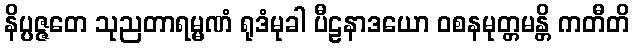
နိပ္ပဇ္ဇတေ သုညတာရမ္မဏံ ရုဒံမုခါ ပီဠနာဒယော ဝစနမုတ္တမန္တိ ကတီတိ